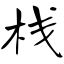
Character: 栈